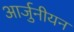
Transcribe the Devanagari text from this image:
आर्जुनीयन